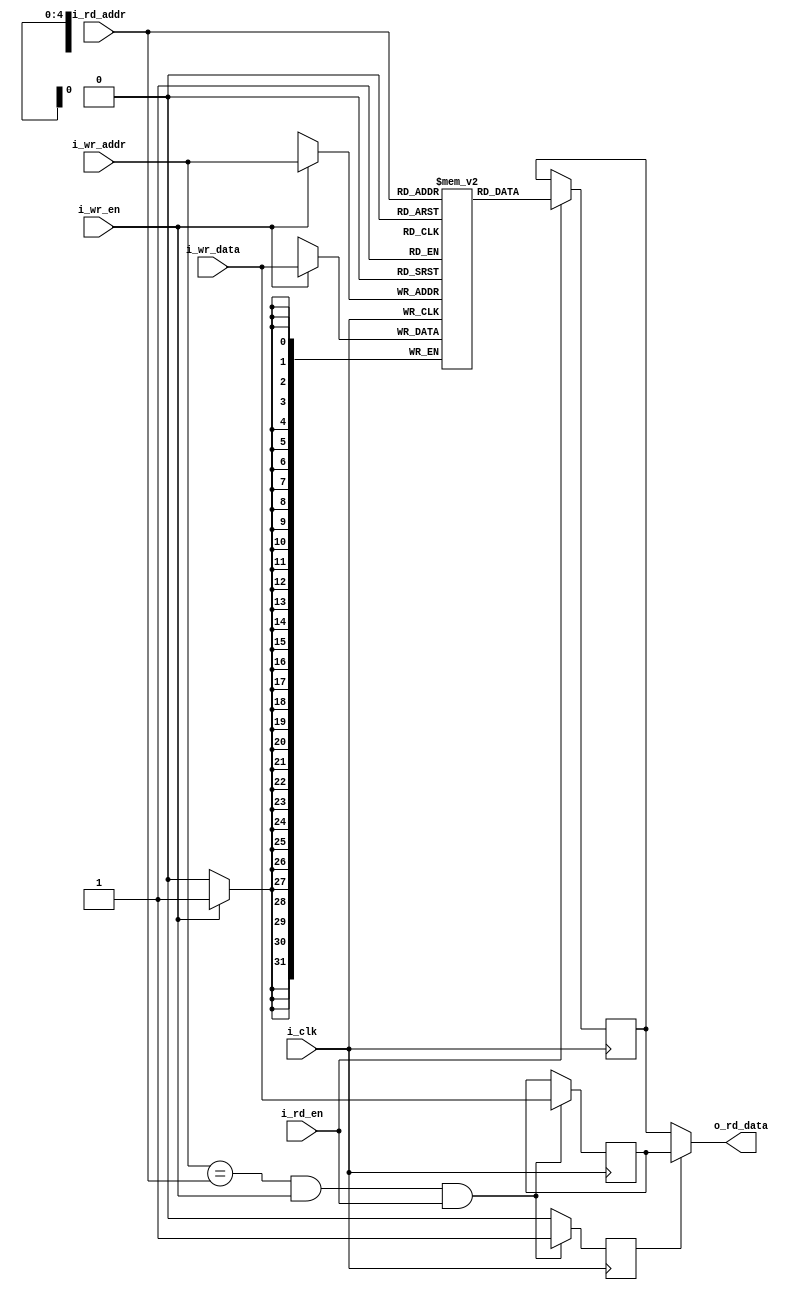
module zap_ram_simple #(
        parameter WIDTH = 32,
        parameter DEPTH = 32
)
(
        input wire                          i_clk,

        // Write and read enable.
        input wire                          i_wr_en,
        input wire                          i_rd_en,

        // Write data and address.
        input wire [WIDTH-1:0]              i_wr_data,
        input wire[$clog2(DEPTH)-1:0]       i_wr_addr,

        // Read address and data.
        input wire [$clog2(DEPTH)-1:0]      i_rd_addr,
        output reg [WIDTH-1:0]              o_rd_data
);

// Memory array.
reg [WIDTH-1:0] mem [DEPTH-1:0];

// Hazard detection.
reg [WIDTH-1:0] mem_data;
reg [WIDTH-1:0] buffer;
reg             sel;

// Initialize block RAM to 0.
initial
begin: blk1
        integer i;

        for(i=0;i<DEPTH;i=i+1)
                mem[i] = {WIDTH{1'd0}};
end

// Hazard Detection Logic
always @ ( posedge i_clk )
begin
        if ( i_wr_addr == i_rd_addr && i_wr_en && i_rd_en )
                sel <= 1'd1;
        else
                sel <= 1'd0;                
end

// Buffer update logic.
always @ ( posedge i_clk )
begin
        if ( i_wr_addr == i_rd_addr && i_wr_en && i_rd_en )
                buffer <= i_wr_data;
end

// Read logic.
always @ (posedge i_clk)
begin
        if ( i_rd_en )
                mem_data <= mem [ i_rd_addr ];
end

// Output logic.
always @*
begin
        if ( sel )
                o_rd_data = buffer;
        else
                o_rd_data = mem_data;
end

// Write logic.
always @ (posedge i_clk)
begin
        if ( i_wr_en )  
                mem [ i_wr_addr ] <= i_wr_data;
end

endmodule